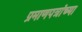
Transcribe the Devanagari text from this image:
प्रमाणपत्रांच्या